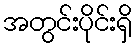
အတွင်းပိုင်းရှိ